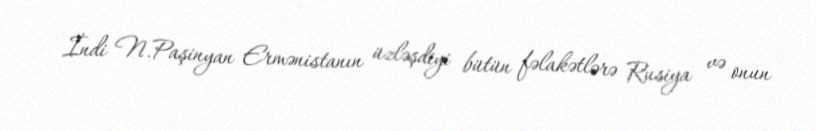
İndi N.Paşinyan Ermənistanın üzləşdiyi bütün fəlakətlərə Rusiya və onun